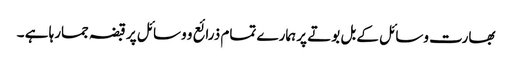
بھارت وسائل کے بل بوتے پر ہمارے تمام ذرائع و وسائل پر قبضہ جمارہا ہے ۔